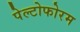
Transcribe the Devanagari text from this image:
पेल्टोफोरम